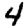
Digit: 4